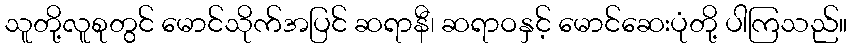
သူတို့လူစုတွင် မောင်သိုက်အပြင် ဆရာနီ၊ ဆရာဝနှင့် မောင်ဆေးပုံတို့ ပါကြသည်။